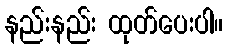
နည်းနည်း ထုတ်ပေးပါ။